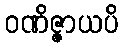
ဝဏိဇ္ဇာယပိ